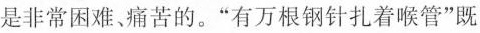
是非常困难、痛苦的。”有万根钢针扎着喉管”既